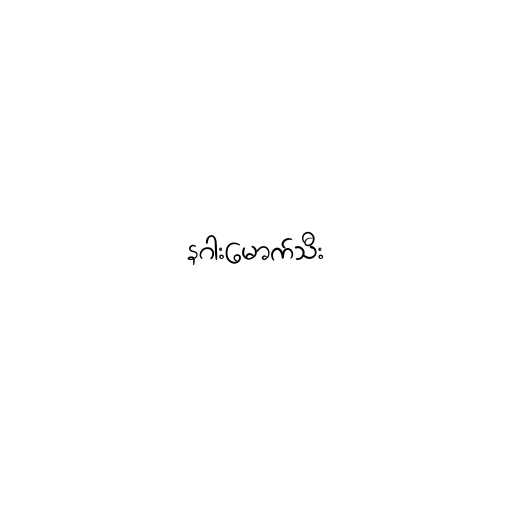
နဂါးမောက်သီး